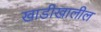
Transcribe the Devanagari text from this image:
खाडीखालील